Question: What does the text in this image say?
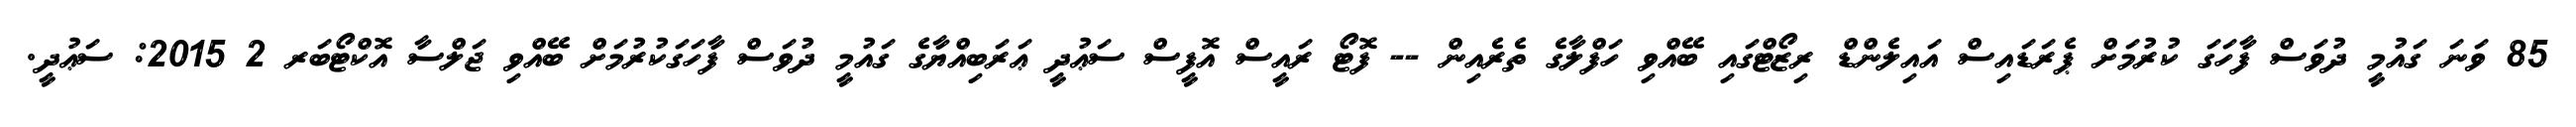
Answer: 85 ވަނަ ގައުމީ ދުވަސް ފާހަގަ ކުރުމަށް ޕެރަޑައިސް އައިލެންޑް ރިޒޯޓްގައި ބޭއްވި ހަފްލާގެ ތެރެއިން -- ފޮޓޯ ރައީސް އޮފީސް ސަޢުދީ ޢަރަބިއްޔާގެ ގައުމީ ދުވަސް ފާހަގަކުރުމަށް ބޭއްވި ޖަލްސާ އޮކްޓޯބަރ 2 2015: ސަޢުދީ.